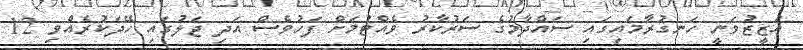
އަޒީޒުވަނީ ހަނގުރާމައިގައި ސައްދާމުގެ ސަރުކާރު ވެއްޓުމަށް ފަހުވެސް އަދި ޖަލުގައި ހޭދަކުރެއްވި 12